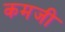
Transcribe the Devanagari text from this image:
कमजी